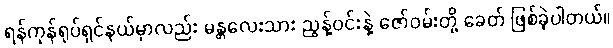
ရန်ကုန်ရုပ်ရှင်နယ်မှာလည်း မန္တလေးသား ညွန့်ဝင်းနဲ့ ဇော်ဝမ်းတို့ ခေတ် ဖြစ်ခဲ့ပါတယ်။